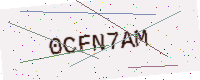
Text: 0CFN7AM